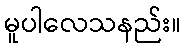
မူပါလေသနည်း။